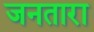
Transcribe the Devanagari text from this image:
जनतारा